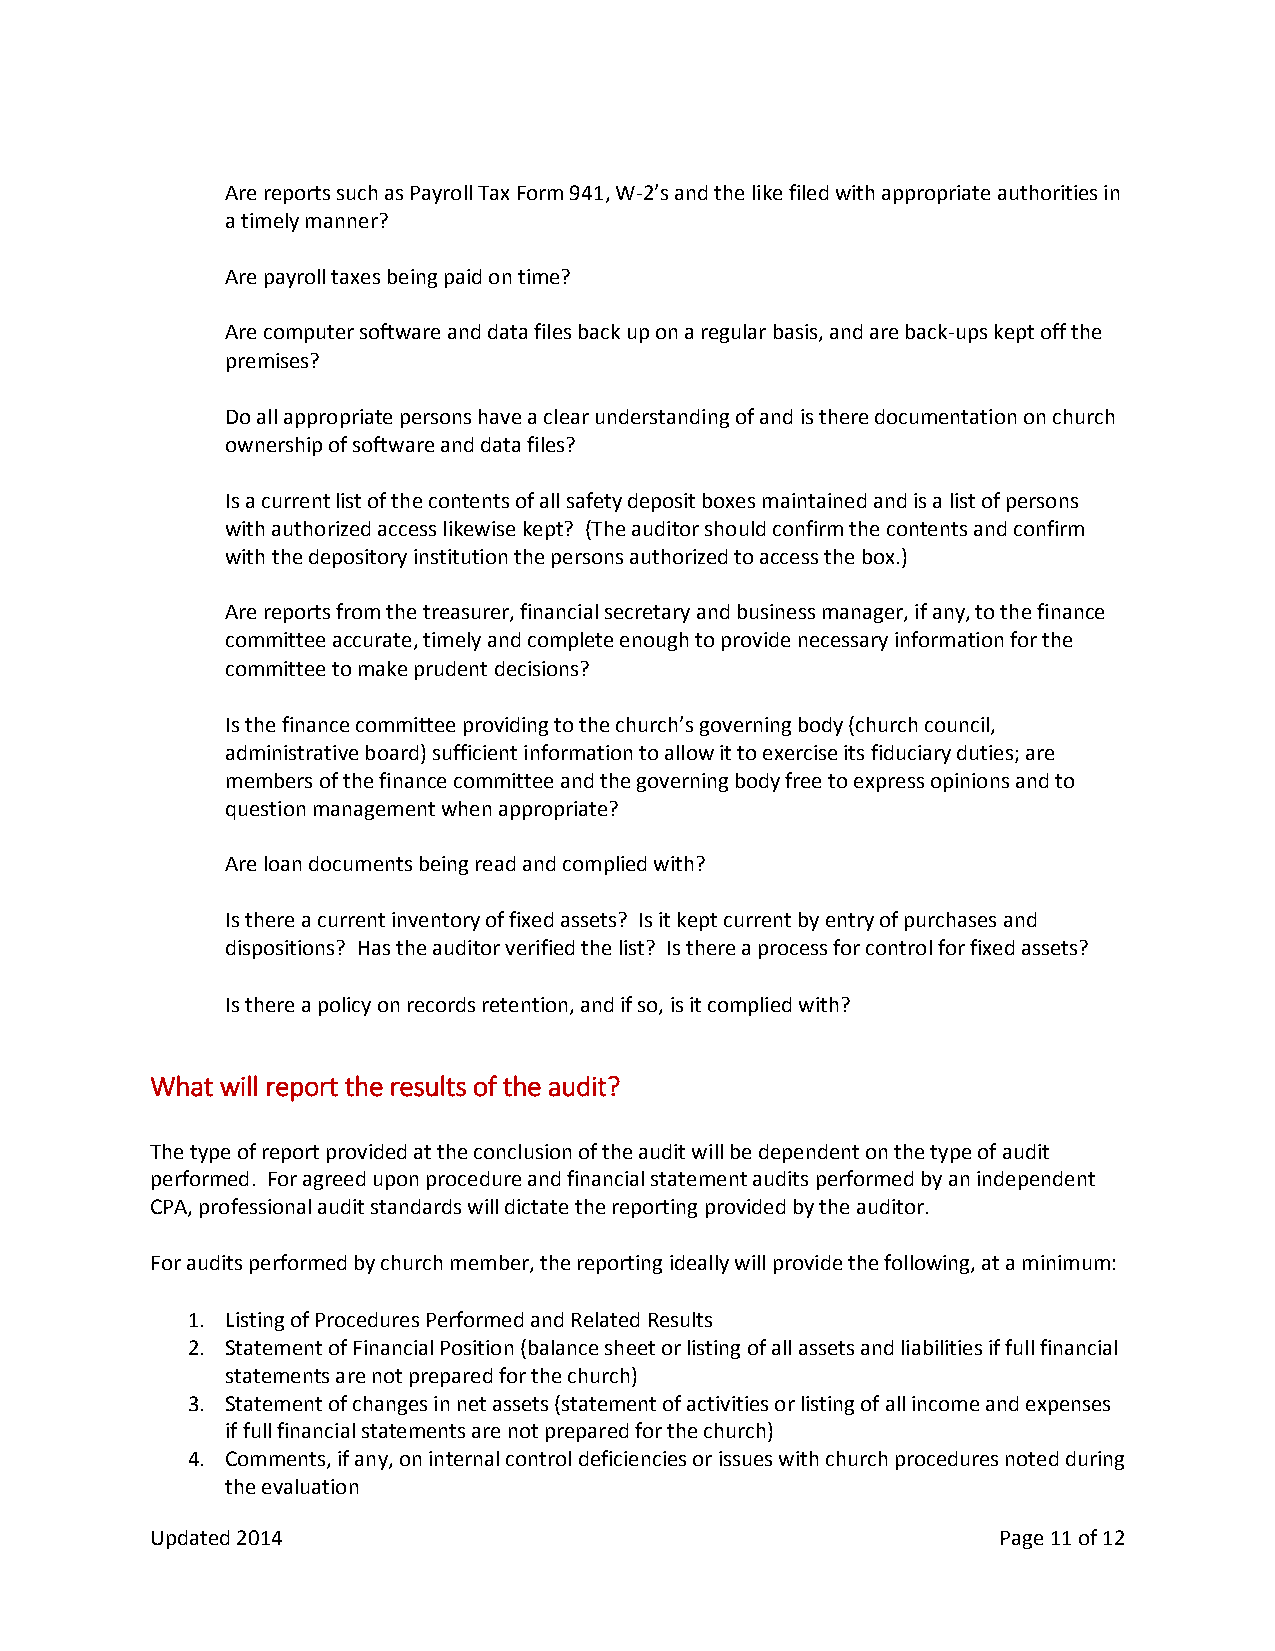
Are reports such as Payroll Tax Form 941, W-2’s and the like filed with appropriate authorities in
 a timely manner?
 Are payroll taxes being paid on time?
 Are computer software and data files back up on a regular basis, and are back-ups kept off the
 premises?
 Do all appropriate persons have a clear understanding of and is there documentation on church
 ownership of software and data files?
 Is a current list of the contents of all safety deposit boxes maintained and is a list of persons
 with authorized access likewise kept? (The auditor should confirm the contents and confirm
 with the depository institution the persons authorized to access the box.)
 Are reports from the treasurer, financial secretary and business manager, if any, to the finance
 committee accurate, timely and complete enough to provide necessary information for the
 committee to make prudent decisions?
 Is the finance committee providing to the church’s governing body (church council,
 administrative board) sufficient information to allow it to exercise its fiduciary duties; are
 members of the finance committee and the governing body free to express opinions and to
 question management when appropriate?
 Are loan documents being read and complied with?
 Is there a current inventory of fixed assets? Is it kept current by entry of purchases and
 dispositions? Has the auditor verified the list? Is there a process for control for fixed assets?
 Is there a policy on records retention, and if so, is it complied with?
 What will report the results of the audit?
 The type of report provided at the conclusion of the audit will be dependent on the type of audit
 performed. For agreed upon procedure and financial statement audits performed by an independent
 CPA, professional audit standards will dictate the reporting provided by the auditor.
 For audits performed by church member, the reporting ideally will provide the following, at a minimum:
 1. Listing of Procedures Performed and Related Results
 2. Statement of Financial Position (balance sheet or listing of all assets and liabilities if full financial
 statements are not prepared for the church)
 3. Statement of changes in net assets (statement of activities or listing of all income and expenses
 if full financial statements are not prepared for the church)
 4. Comments, if any, on internal control deficiencies or issues with church procedures noted during
 the evaluation
 Updated 2014                                            Page 11 of 12